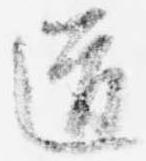
道